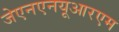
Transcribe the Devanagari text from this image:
जेएनएनयूआरएम